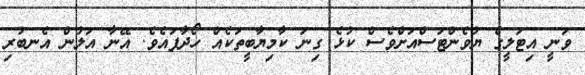
ވަނީ އިޓަލީގެ ޔުވެންޓަސްއަށްވެސް ކުޅެ ގިނަ ކާމިޔާބީތަކެއް ހޯދާފައެވެ. އޭނާ އަލުން އެނބުރި